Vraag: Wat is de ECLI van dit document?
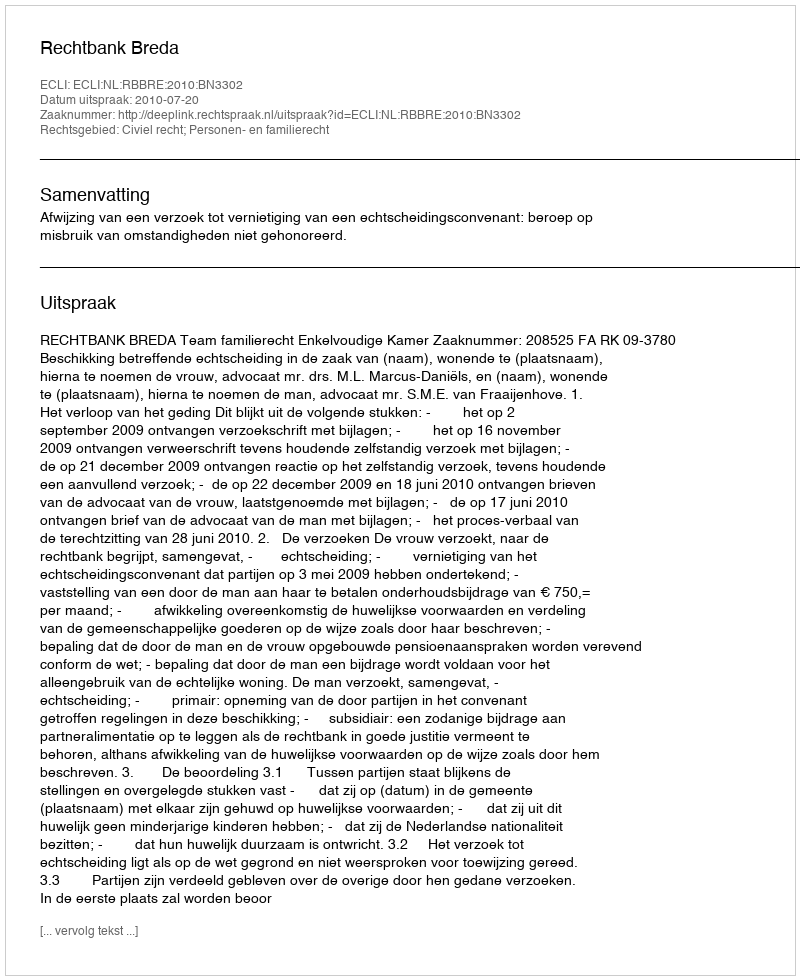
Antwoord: ECLI:NL:RBBRE:2010:BN3302